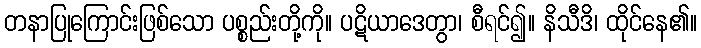
တနာပြုကြောင်းဖြစ်သော ပစ္စည်းတို့ကို။ ပဋိယာဒေတွာ၊ စီရင်၍။ နိသီဒိ၊ ထိုင်နေ၏။